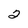
Character: 2